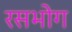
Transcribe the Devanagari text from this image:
रसभोग